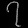
Digit: ၇